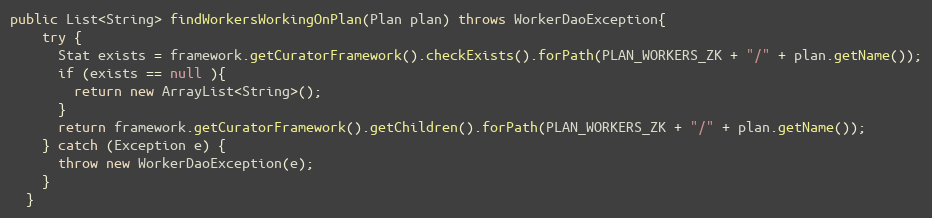
Language: Java
public List<String> findWorkersWorkingOnPlan(Plan plan) throws WorkerDaoException{
    try {
      Stat exists = framework.getCuratorFramework().checkExists().forPath(PLAN_WORKERS_ZK + "/" + plan.getName());
      if (exists == null ){
        return new ArrayList<String>();
      }
      return framework.getCuratorFramework().getChildren().forPath(PLAN_WORKERS_ZK + "/" + plan.getName());
    } catch (Exception e) {
      throw new WorkerDaoException(e);
    }
  }